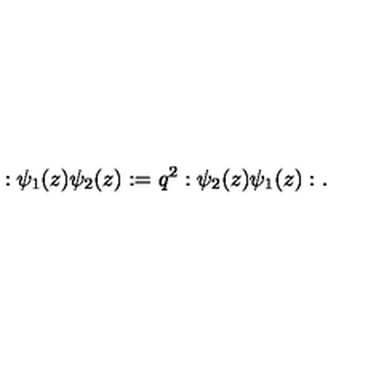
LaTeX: : \psi _ { 1 } ( z ) \psi _ { 2 } ( z ) : = q ^ { 2 } : \psi _ { 2 } ( z ) \psi _ { 1 } ( z ) : .